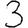
Digit: 3